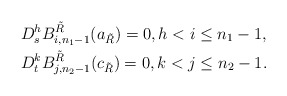
\begin{align*}&D_s^{h}B_{i,n_1-1}^{{\tilde R}}(a_{\tilde R})=0, h< i\le n_1-1,\\&D_t^{k}B_{j,n_2-1}^{{\tilde R}}(c_{\tilde R})=0, k< j\le n_2-1.\end{align*}